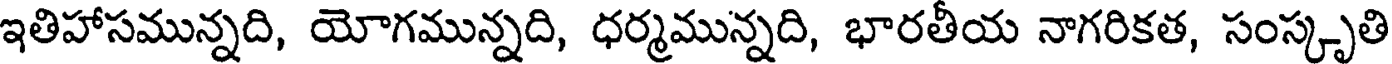
ఇతిహాసమున్నది, యోగమున్నది, ధర్మమున్నది, భారతీయ నాగరికత, సంస్కృతి